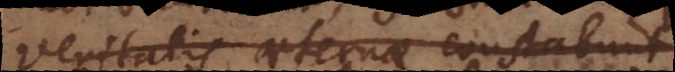
veritatis aeternae constabunt